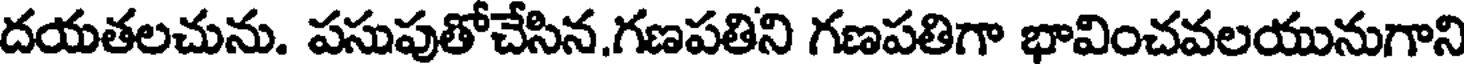
దయతలచును. పసుపుతోచేసిన,గణపతిని గణపతిగా భావించవలయునుగాని